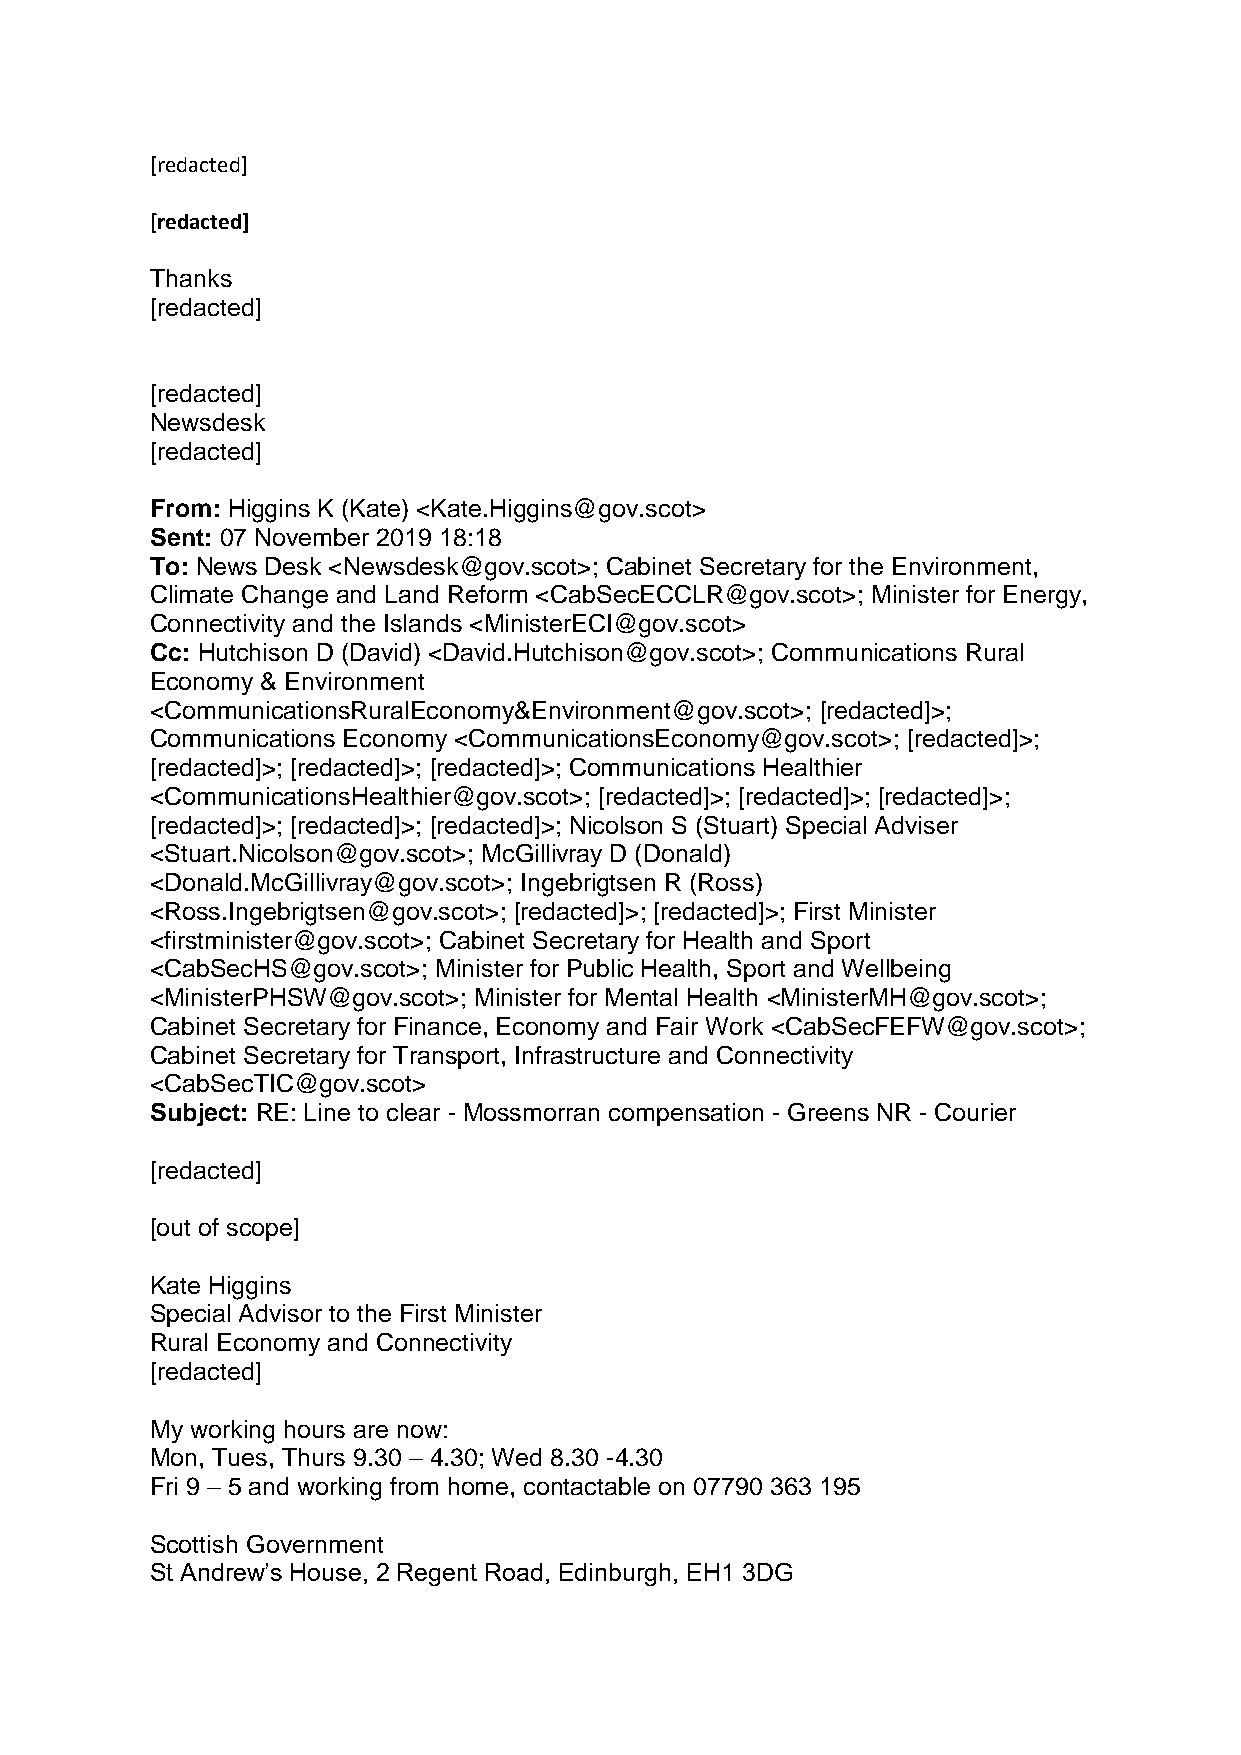
[redacted]
 [redacted]
 Thanks
 [redacted]
 [redacted]
 Newsdesk
 [redacted]
 From: Higgins K (Kate) <Kate.Higgins@gov.scot>
 Sent: 07 November 2019 18:18
 To: News Desk <Newsdesk@gov.scot>; Cabinet Secretary for the Environment,
 Climate Change and Land Reform <CabSecECCLR@gov.scot>; Minister for Energy,
 Connectivity and the Islands <MinisterECI@gov.scot>
 Cc: Hutchison D (David) <David.Hutchison@gov.scot>; Communications Rural
 Economy & Environment
 <CommunicationsRuralEconomy&Environment@gov.scot>; [redacted]>;
 Communications Economy <CommunicationsEconomy@gov.scot>; [redacted]>;
 [redacted]>; [redacted]>; [redacted]>; Communications Healthier
 <CommunicationsHealthier@gov.scot>; [redacted]>; [redacted]>; [redacted]>;
 [redacted]>; [redacted]>; [redacted]>; Nicolson S (Stuart) Special Adviser
 <Stuart.Nicolson@gov.scot>; McGillivray D (Donald)
 <Donald.McGillivray@gov.scot>; Ingebrigtsen R (Ross)
 <Ross.Ingebrigtsen@gov.scot>; [redacted]>; [redacted]>; First Minister
 <firstminister@gov.scot>; Cabinet Secretary for Health and Sport
 <CabSecHS@gov.scot>; Minister for Public Health, Sport and Wellbeing
 <MinisterPHSW@gov.scot>; Minister for Mental Health <MinisterMH@gov.scot>;
 Cabinet Secretary for Finance, Economy and Fair Work <CabSecFEFW@gov.scot>;
 Cabinet Secretary for Transport, Infrastructure and Connectivity
 <CabSecTIC@gov.scot>
 Subject: RE: Line to clear - Mossmorran compensation - Greens NR - Courier
 [redacted]
 [out of scope]
 Kate Higgins
 Special Advisor to the First Minister
 Rural Economy and Connectivity
 [redacted]
 My working hours are now:
 Mon, Tues, Thurs 9.30 – 4.30; Wed 8.30 -4.30
 Fri 9 – 5 and working from home, contactable on 07790 363 195
 Scottish Government
 St Andrew’s House, 2 Regent Road, Edinburgh, EH1 3DG